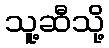
သူ့ဆီသို့